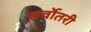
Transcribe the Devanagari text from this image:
सर्वोतरी